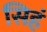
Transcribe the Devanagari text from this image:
सिहं